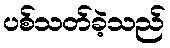
ပစ်သတ်ခဲ့သည်